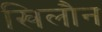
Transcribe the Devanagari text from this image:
खिलौन